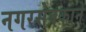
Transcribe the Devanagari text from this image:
नगरसेवकाने